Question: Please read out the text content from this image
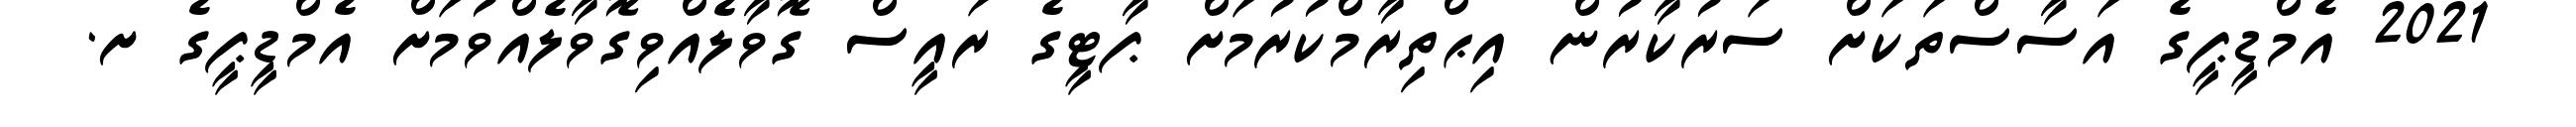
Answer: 2021 އެމްޑީޕީގެ އަސާސްތަކަށް ސަރުކާރުން އިޙްތިރާމްކުރުމަށް ޕާޓީގެ ރައީސް ގޮވާލެއްވިގޮވާލެއްވުމަށް އެމްޑީޕީގެ ށ.